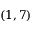
( 1 , 7 )